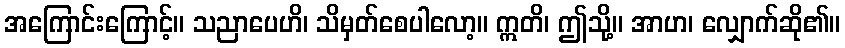
အကြောင်းကြောင့်။ သညာပေဟိ၊ သိမှတ်စေပါလော့။ ဣတိ၊ ဤသို့။ အာဟ၊ လျှောက်ဆို၏။